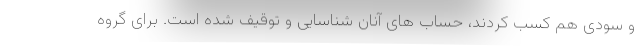
و سودی هم کسب کردند، حساب های آنان شناسایی و توقیف شده است. برای گروه